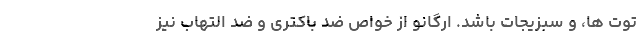
توت ها، و سبزیجات باشد. اُرگانو از خواص ضد باکتری و ضد التهاب نیز